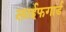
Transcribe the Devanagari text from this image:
लाईफगार्ड